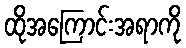
ထိုအကြောင်းအရာကို